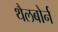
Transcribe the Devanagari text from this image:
थैलबोर्न